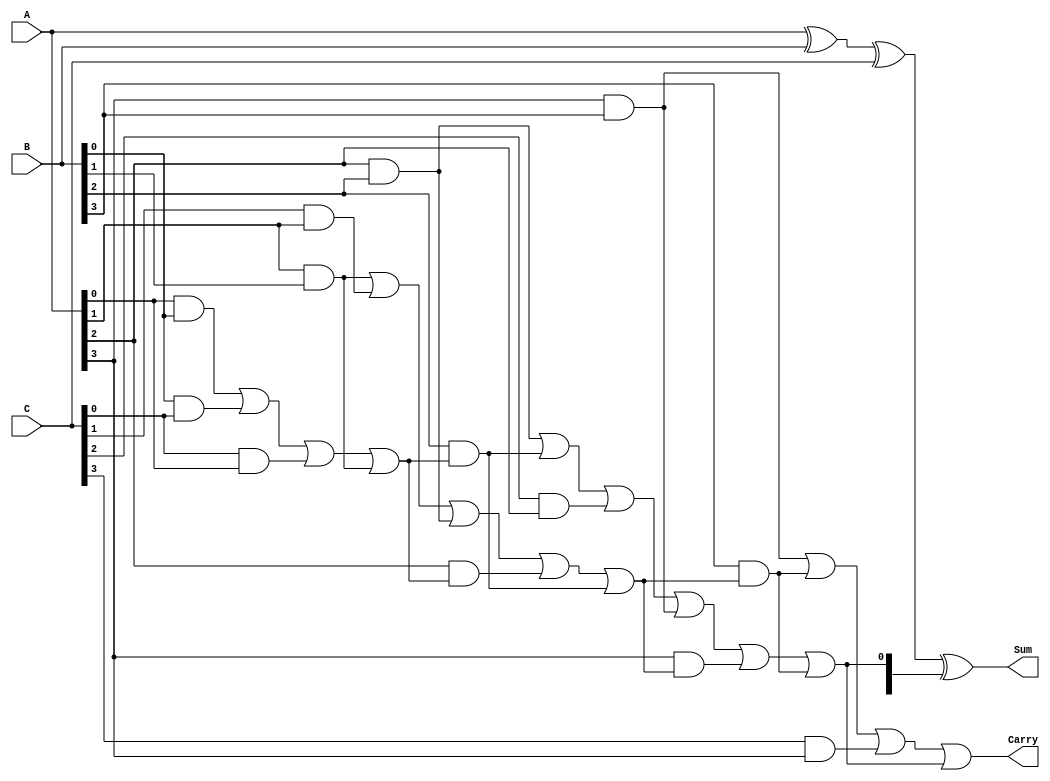
module RippleCarrySaveAdder #(parameter n = 4) (
    input  [n-1:0] A,
    input  [n-1:0] B,
    input  [n-1:0] C,
    output [n-1:0] Sum,
    output         Carry
);
    wire [n-1:0] P; // Partial sums
    wire [n-1:0] G; // Carry generation signals
    wire [n:0] C_internal; // Internal carry signals (extra bit for carry out)

    // Generate partial sums and carries
    assign P = A ^ B ^ C; // Partial sums
    assign G[0] = (A[0] & B[0]) | (B[0] & C[0]) | (C[0] & A[0]); // Carry for the least significant bit
    assign C_internal[0] = 1'b0; // No carry-in for the least significant bit

    // Calculate carries for each bit position
    genvar i;
    generate
        for (i = 1; i < n; i = i + 1) begin : carry_gen
            assign G[i] = (A[i] & B[i]) | (B[i] & C_internal[i-1]) | (C[i] & A[i]); // Carry generation
            assign C_internal[i] = G[i-1] | (A[i] & B[i]) | (A[i] & C_internal[i-1]) | (B[i] & C_internal[i-1]); // Carry propagation
        end
    endgenerate

    // Final carry out
    assign Carry = G[n-1] | C_internal[n-1];

    // Output final sum
    assign Sum = P ^ C_internal[n-1:n]; // Final sum is partial sum XOR with the final carry

endmodule